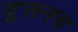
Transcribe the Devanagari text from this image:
दूरूनच